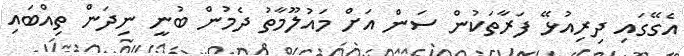
އެގޭގައި ދިރިއުޅޭ ފަރާތަކުން ސަން އަށް މައުލޫމާތު ދެމުން ބުނީ ނިދަން ތިއްބައި